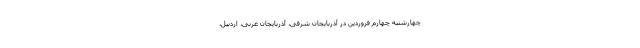
چهارشنبه چهارم فروردین در آذربایجان شرقی، آذربایجان غربی، اردبیل،